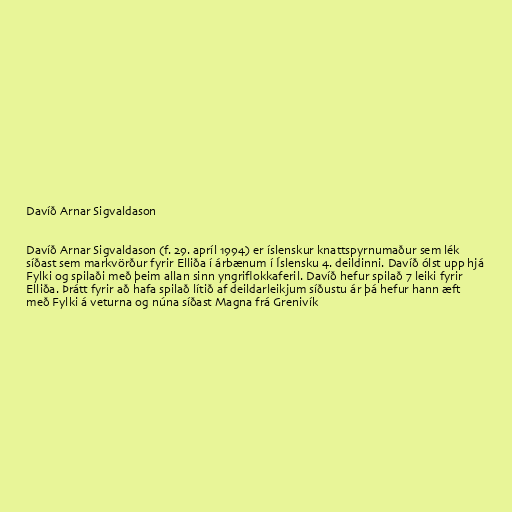
Davíð Arnar Sigvaldason

Davíð Arnar Sigvaldason (f. 29. apríl 1994) er íslenskur knattspyrnumaður sem lék
síðast sem markvörður fyrir Elliða í árbænum í Íslensku 4. deildinni. Davíð ólst upp hjá
Fylki og spilaði með þeim allan sinn yngriflokkaferil. Davíð hefur spilað 7 leiki fyrir
Elliða. Þrátt fyrir að hafa spilað lítið af deildarleikjum síðustu ár þá hefur hann æft
með Fylki á veturna og núna síðast Magna frá Grenivík